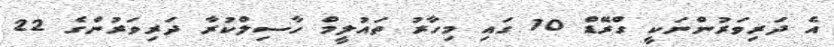
އެ ދަރިވަރުންނަކީ ގްރޭޑް 10 ގައި މިހާރު ތައުލީމް ހާސިލްކުރާ ދަރިވަރުންގެ 22